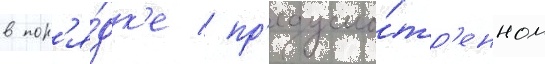
в пор'я́дк'е / пр'едусмо́тр'енном